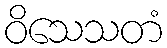
ဝိသေသတံ